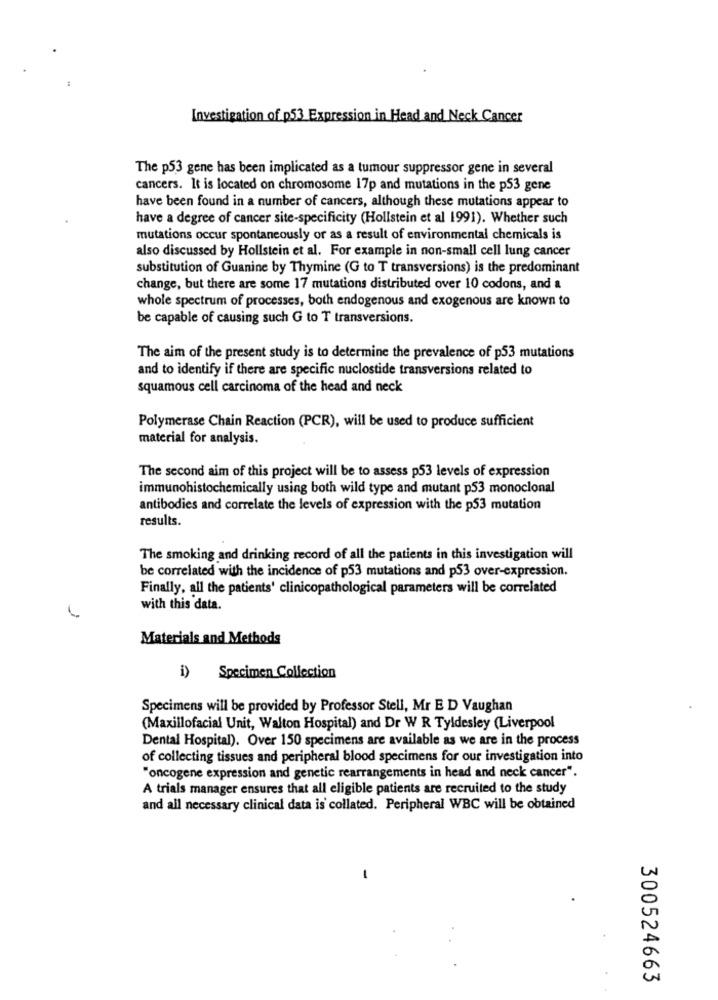
Investigation of p53 Expression in Head and Neck Cancer
The p53 gene has been implicated as a tumour suppressor gene in several
cancers. It is located on chromosome 17p and mutations in the p53 gene
have been found in a number of cancers, although these mutations appear to
have a degree of cancer site-specificity (Hollstein et al 1991). Whether such
mutations occur spontaneously or as a result of environmental chemicals is
also discussed by Hollstein et al. For example in non-small cell lung cancer
substitution of Guanine by Thymine (G to T transversions) is the predominant
change, but there are some 17 mutations distributed over 10 codons, and a
whole spectrum of processes, both endogenous and exogenous are known to
be capable of causing such G to T transversions.
The aim of the present study is to determine the prevalence of p53 mutations
and to identify if there are specific nuclostide transversions related to
squamous cell carcinoma of the head and neck
Polymerase Chain Reaction (PCR), will be used to produce sufficient
material for analysis.
The second aim of this project will be to assess p53 levels of expression
immunohistochemically using both wild type and mutant p53 monoclonal
antibodies and correlate the levels of expression with the p53 mutation
results.
The smoking and drinking record of all the patients in this investigation will
be correlated with the incidence of p53 mutations and p53 over-expression.
Finally, all the patients' clinicopathological parameters will be correlated
with this data.
Materials and Methods
i) Specimen Collection
Specimens will be provided by Professor Stell, Mr E D Vaughan
(Maxillofacial Unit, Walton Hospital) and Dr W R Tyldesley (Liverpool
Dental Hospital). Over 150 specimens are available as we are in the process
of collecting tissues and peripheral blood specimens for our investigation into
"oncogene expression and genetic rearrangements in head and neck cancer".
A trials manager ensures that all eligible patients are recruited to the study
and all necessary clinical data is collated. Peripheral WBC will be obtained
1
300524663